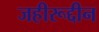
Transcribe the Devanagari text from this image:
जहीरूद्दीन